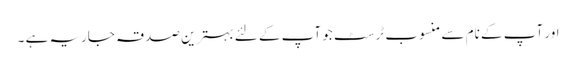
اور آپ کے نام سے منسوب ٹرسٹ جو آپ کے لئے بہترین صدقہ جاریہ ہے ۔